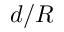
d / R